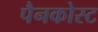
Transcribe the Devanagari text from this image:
पैनकोस्ट